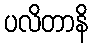
ပလိတာနိ